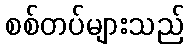
စစ်တပ်များသည်